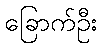
ခြောက်ဦး